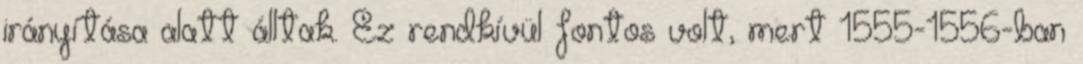
irányítása alatt álltak. Ez rendkívül fontos volt, mert 1555-1556-ban